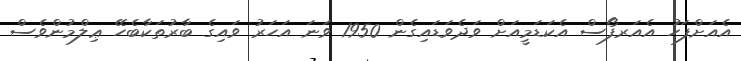
އެއަށްފަހު އެއަރފޯސް އެކަޑަމީއަށް ވަދެވަޑައިގެން 1950 ވަނަ އަހަރު ވައިގެ ބާރުތަކާބެހޭ ޢިލްމުންވެސް